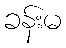
ခန်းမ